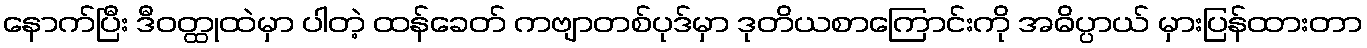
နောက်ပြီး ဒီဝတ္ထုထဲမှာ ပါတဲ့ ထန်ခေတ် ကဗျာတစ်ပုဒ်မှာ ဒုတိယစာကြောင်းကို အဓိပ္ပာယ် မှားပြန်ထားတာ